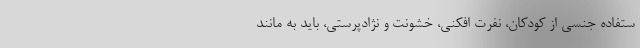
ستفاده جنسی از کودکان، نفرت افکنی، خشونت و نژادپرستی، باید به مانند